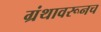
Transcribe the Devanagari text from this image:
ग्रंथावरूनच